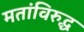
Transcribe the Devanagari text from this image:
मतांविरुद्ध